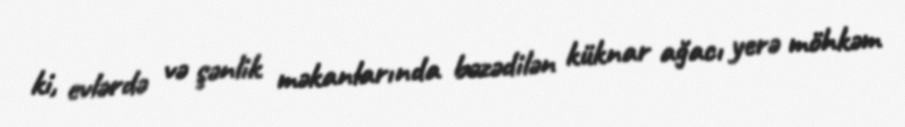
ki, evlərdə və şənlik məkanlarında bəzədilən küknar ağacı yerə möhkəm